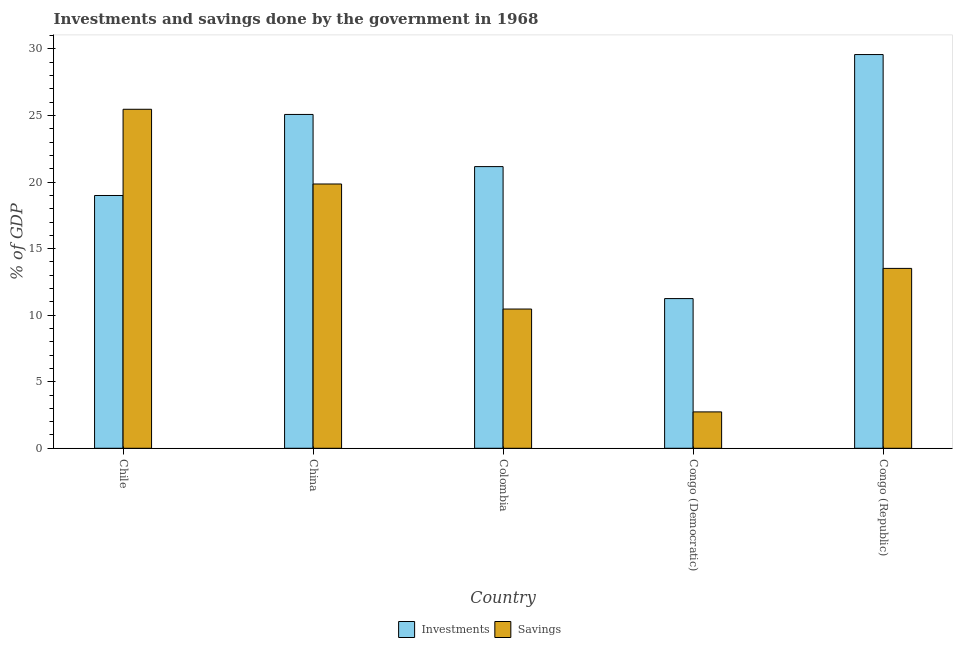
| Country | Investments | Savings |
 | --- | --- | --- |
 | Chile | 19 | 25.5 |
 | China | 25.1 | 19.9 |
 | Colombia | 21.2 | 10.5 |
 | Congo (Democratic) | 11.2 | 2.73 |
 | Congo (Republic) | 29.6 | 13.5 |